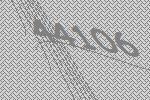
44106